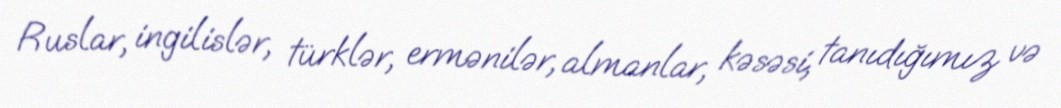
Ruslar, ingilislər, türklər, ermənilər, almanlar, kəsəsi, tanıdığımız və